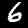
Label: 6